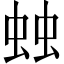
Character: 䖵